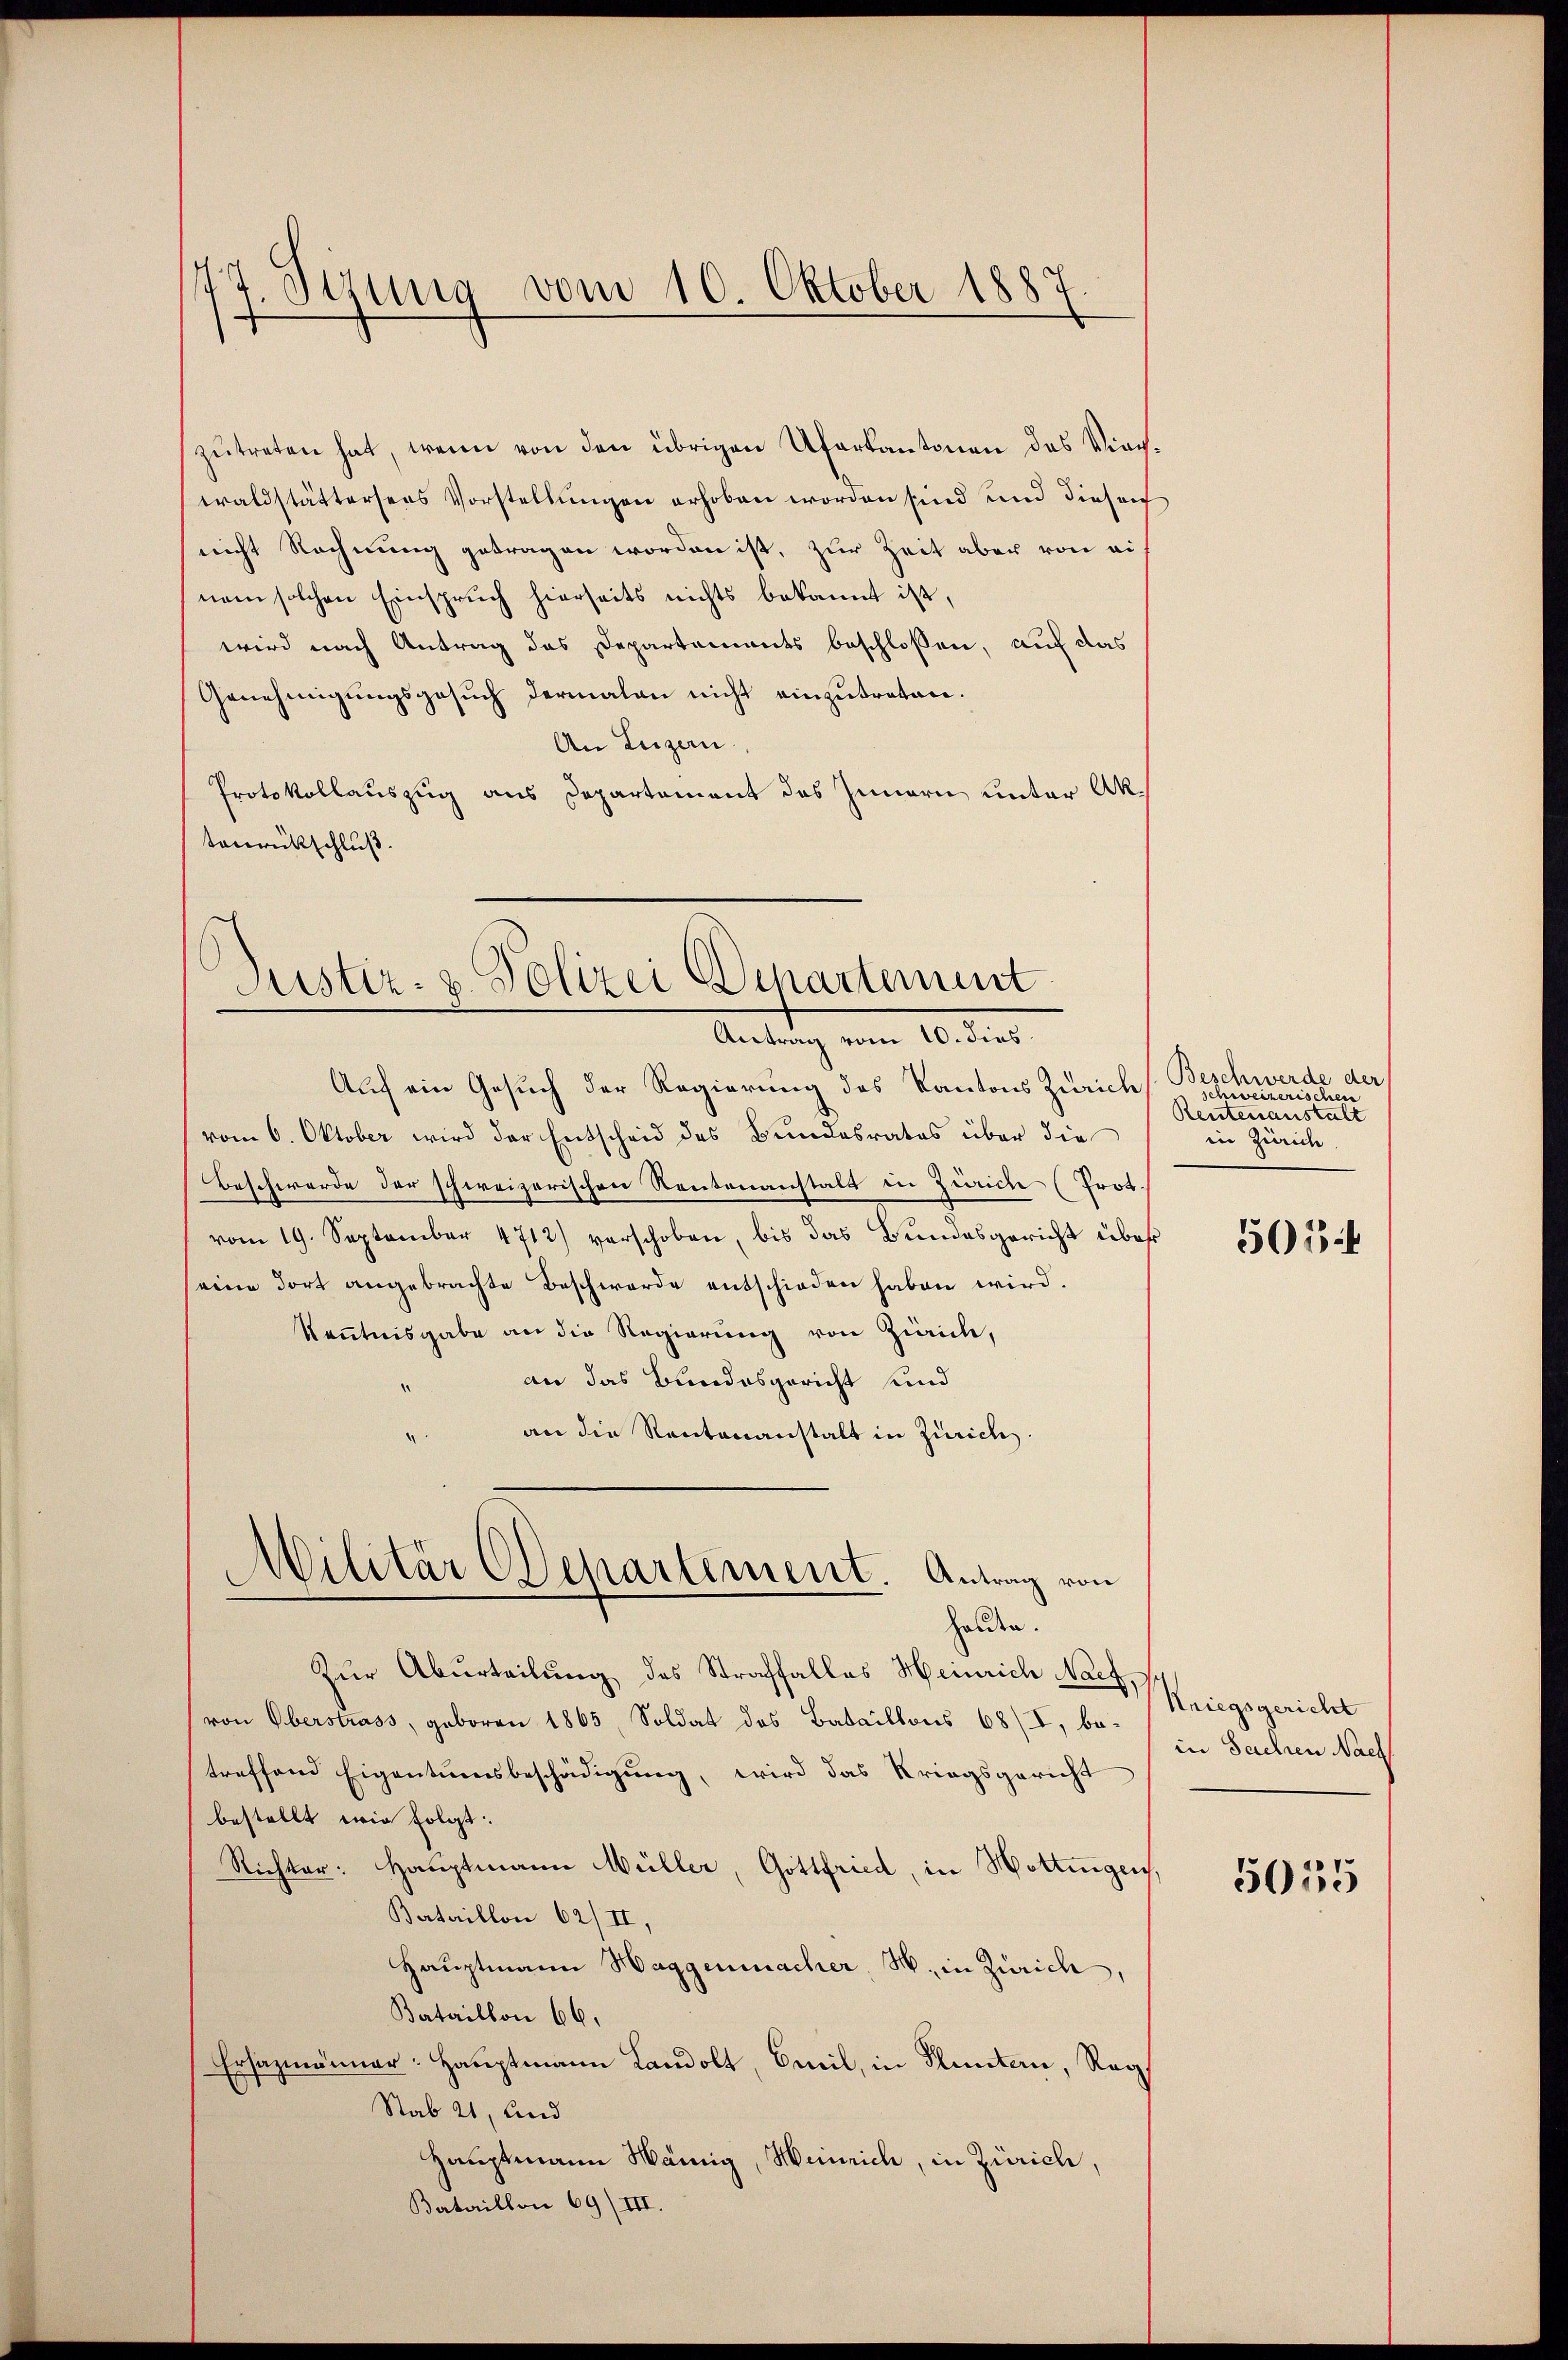
Pirung vom 10. Oktober 1887

zutreten hat, wenn von den übrigen Uferkantonen des Vierwaldstättersees Vorstellungen erhoben worden sind und diesen
nicht Rechnung getragen worden ist, zur Zeit aber von ei
nem solchen Einspruch hierseits nichts bekannt ist,
wird nach Antrag das Departements beschlossen, auf das
Genehmigungsgesuch dermalen nicht einzutreten.
An Luzern.
Protokollauszug aus Departement des Innern unter Aktenrückschluß.

Justiz- u. Polizei Departement
Antrag vom 10. dies

Auf ein Gesuch der Regierung des Kantons Zürich
vom 6. Oktober wird der Entscheid des Bundesrates über die
Beschwerde der schweizerischen Rentenanstalt in Zürich (Prot.
vom 19. September 4712) verschoben, bis das Bundesgericht über
eine dort angebrachte Beschwerde entschieden haben wird.
Kenntnisgabe an die Regierung von Zürich,
an das Bundesgericht und
an die Rentenanstalt in Zürich
Zur Aburteilung des Straffalles Heinrich Nach
von Oberstrass, geboren 1865, Soldat des Bataillons 68/I, be-
treffend Eigentumsbeschädigung, wird das Kriegsgericht
bestellt wie folgt.
Richter: Hauptmann Müller, Gottfried, in Hottingen.
Bertaillon 62/II,
Hauptmann Haggenmacher, M. in Zürich,
Bataillon 66.
Ersazmänner: Hauptmann Landolt, Emil, in Fluntan, Reg
Stab 21, und
Hauptmann Wännig, Heinrich, in Zürich,
Bataillon 69/III.

Militär Departement. Antrag von
holden.

Beschwerde der
schweizerischen
Reutenanstalt
in Zürich

501

Kriegsgericht
in Sachen Nach

5055